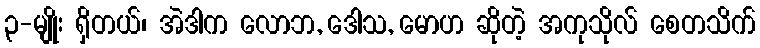
၃-မျိုး ရှိတယ်၊ အဲဒါက လောဘ, ဒေါသ, မောဟ ဆိုတဲ့ အကုသိုလ် စေတသိက်